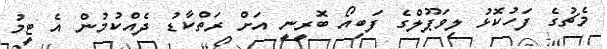
މެޗުގެ ފަހުކޮޅު ލިވަޕޫލްގެ ފަބިއޯ ބޮރީނީ އަށް ރަތްކާޑު ދެއްކުމުން އެ ޓީމު